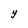
Character: Y